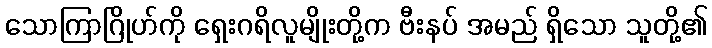
သောကြာဂြိုဟ်ကို ရှေးဂရိလူမျိုးတို့က ဗီးနပ် အမည် ရှိသော သူတို့၏